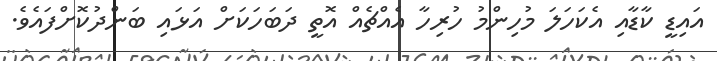
އައިޑީ ކާޑާއި އެކަހަލަ މުހިންމު ހުރިހާ އެއްޗެއް އޮތީ ދަބަހަކަށް އަޅައި ބަންދުކޮށްފައެވެ.